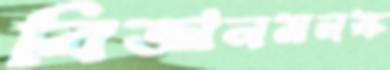
বিজ্ঞানমনস্ক